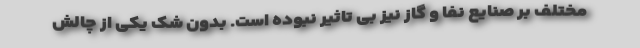
مختلف بر صنایع نفا و گاز نیز بی تاثیر نبوده است. بدون شک یکی از چالش